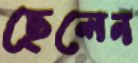
ছেলেন